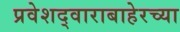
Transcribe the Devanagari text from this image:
प्रवेशद्वाराबाहेरच्या